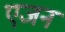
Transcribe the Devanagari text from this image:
एजन